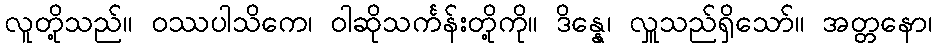
လူတို့သည်။ ဝဿပါသိကေ၊ ဝါဆိုသင်္ကန်းတို့ကို။ ဒိန္နေ၊ လှူသည်ရှိသော်။ အတ္တနော၊